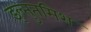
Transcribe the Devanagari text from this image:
इल्‍तुतमिश